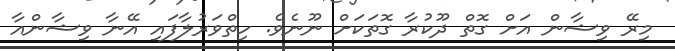
މިރޭ ވިޝާން އަށް ގޮތް ދޫކުރާ ގޮތަކަށް ނޫނެވެ. ހިތްވަރުލާފައި އޭނާ ވިޝާންއާ